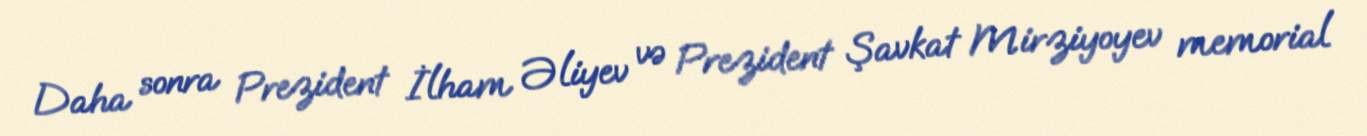
Daha sonra Prezident İlham Əliyev və Prezident Şavkat Mirziyoyev memorial